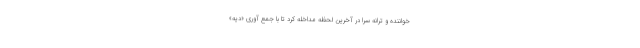
خواننده و ترانه سُرا در آخرین لحظه مداخله کرد تا با جمع آوری «دیه»